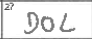
Transcription: DOL